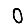
Digit: 0